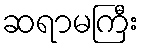
ဆရာမကြီး